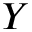
Y